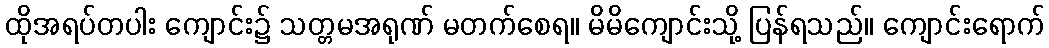
ထိုအရပ်တပါး ကျောင်း၌ သတ္တမအရုဏ် မတက်စေရ။ မိမိကျောင်းသို့ ပြန်ရသည်။ ကျောင်းရောက်